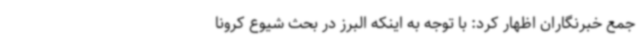
جمع خبرنگاران اظهار کرد: با توجه به اینکه البرز در بحث شیوع کرونا